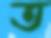
ত